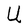
Character: U